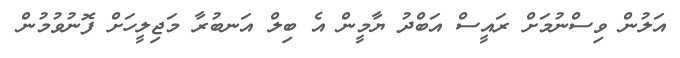
އަލުން ވިސްނުމަށް ރައީސް އަބްދު ޔާމީން އެ ބިލް އަނބުރާ މަޖިލީހަށް ފޮނުވުމުން